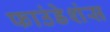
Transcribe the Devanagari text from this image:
फाउंडेशंस